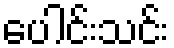
ပေါင်းသင်း